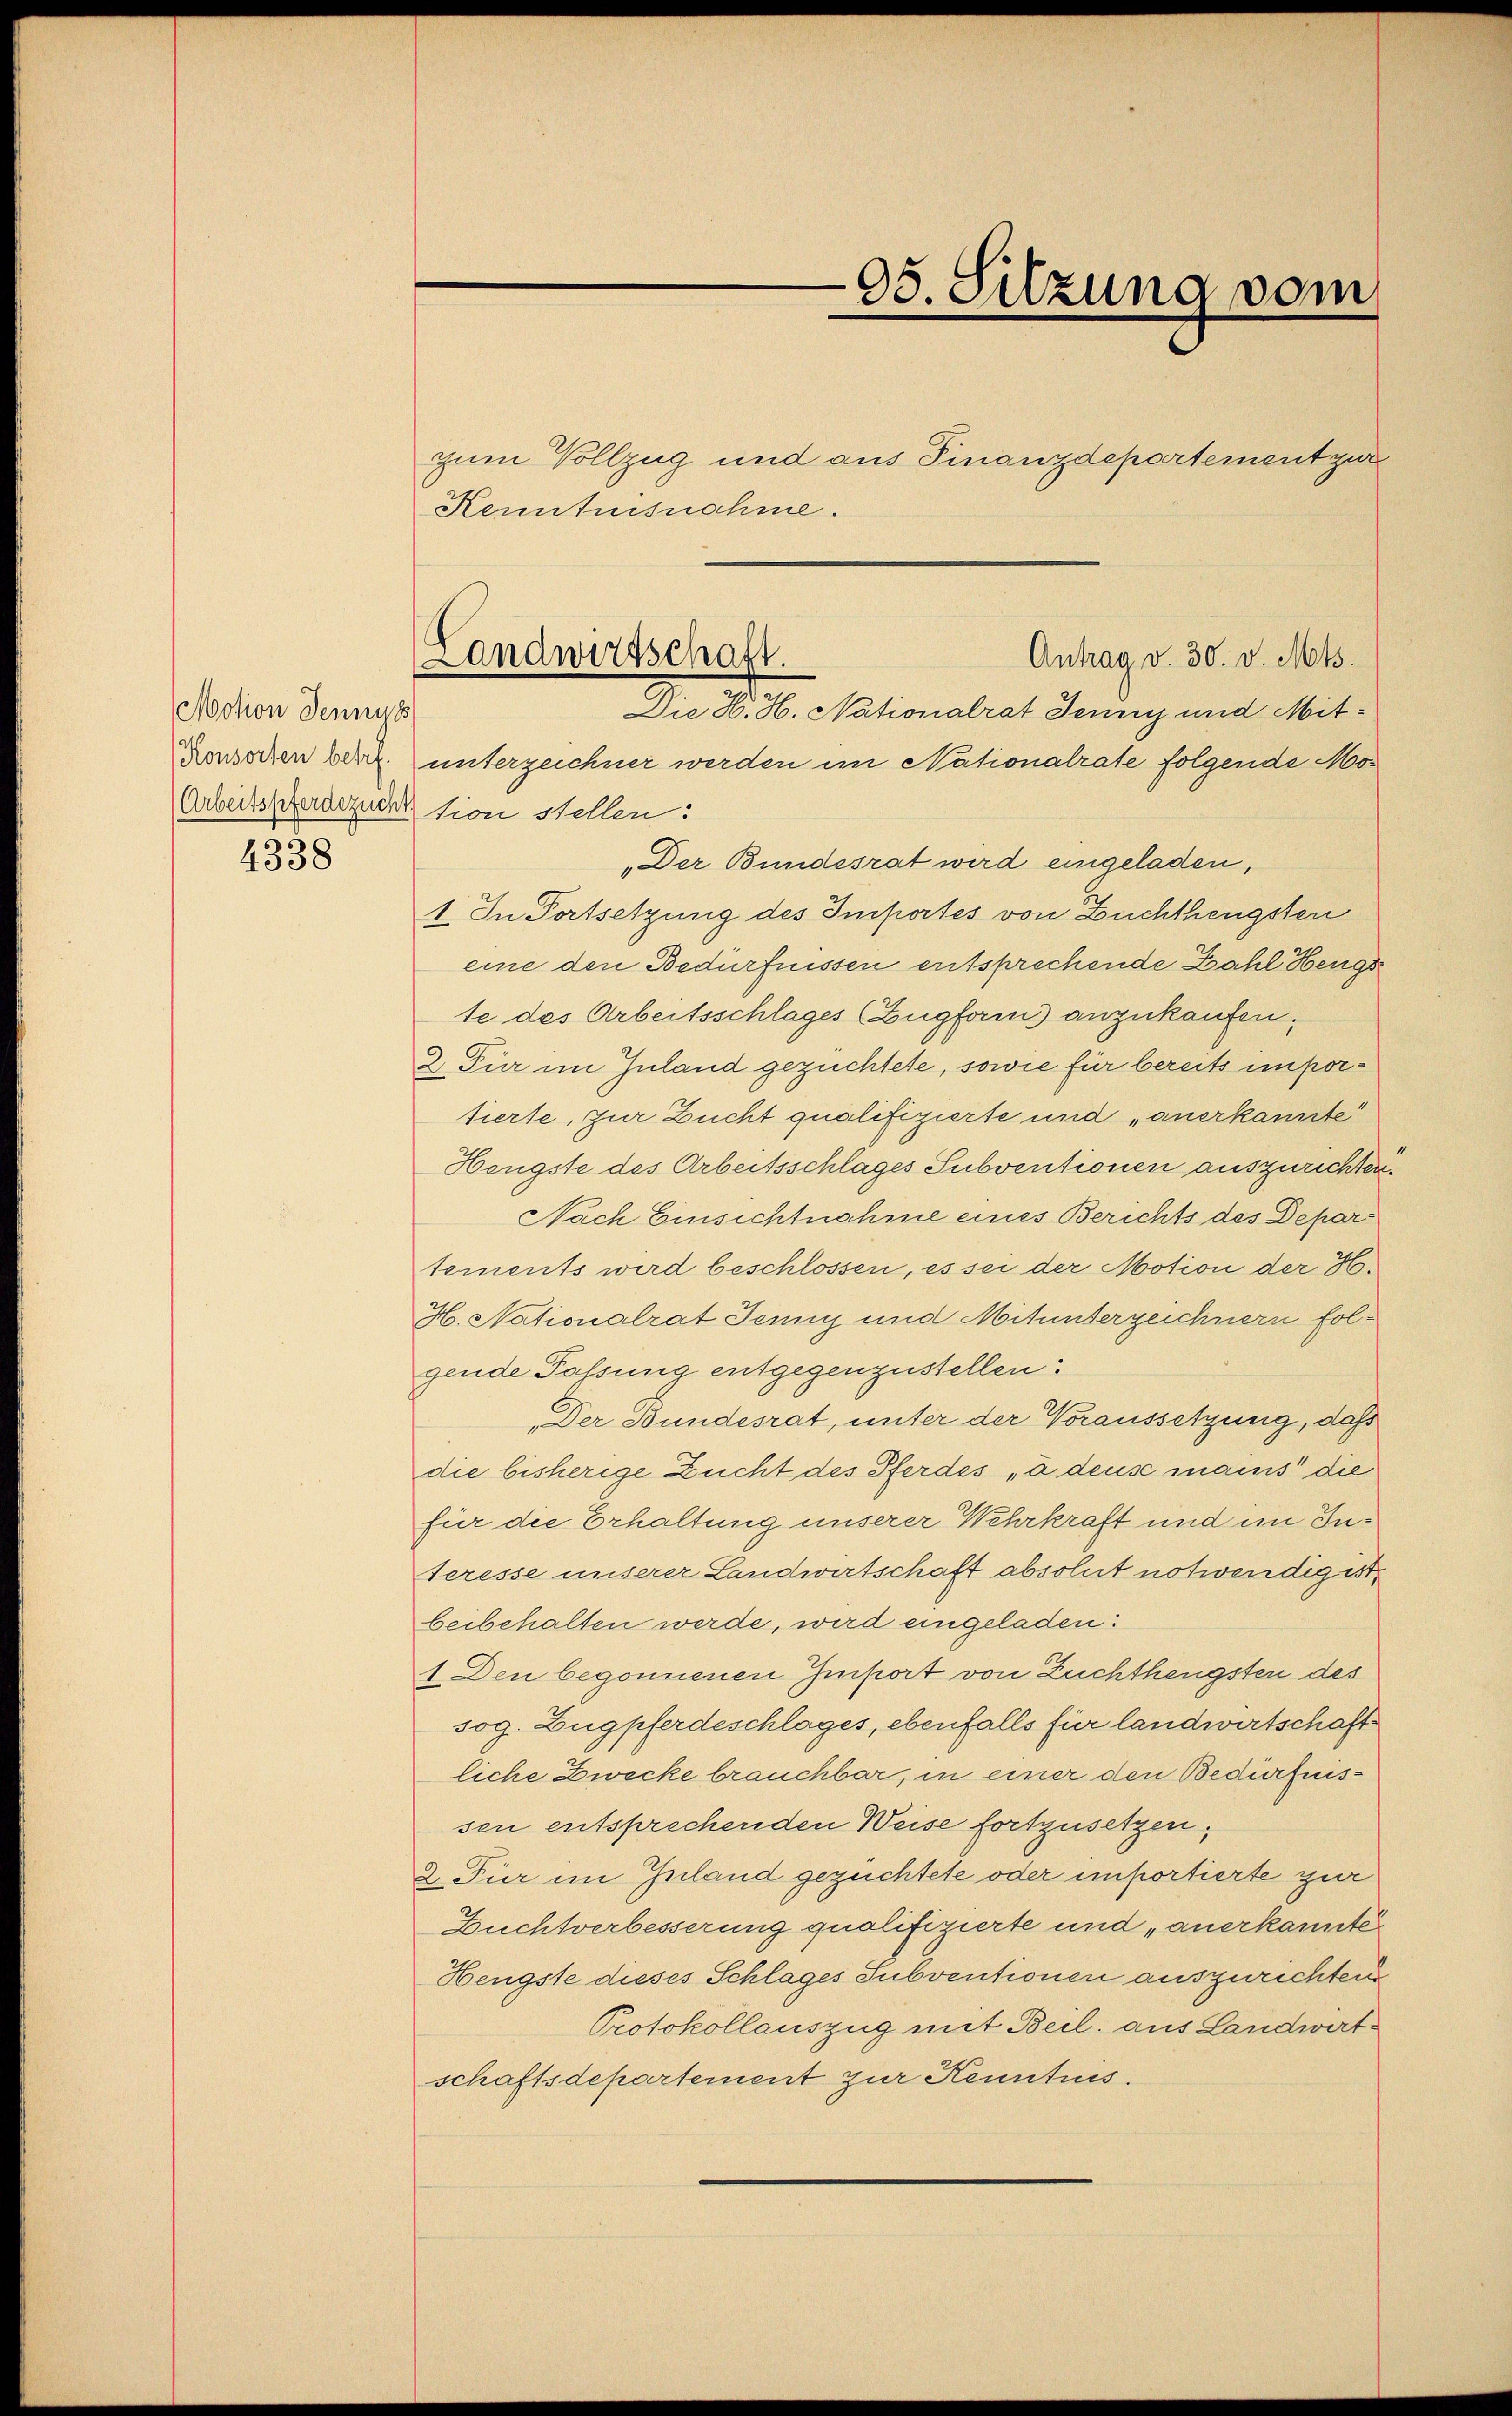
Motion Jennys
Konsorten betr.
Arbeitspferdezucht

4338

Kenntnisnahme.
unterzeichner werden im Nationalrate folgende Motion stellen:
„Der Bundesrat wird eingeladen,
1. In Fortsetzung des Importes von Zuchthengsten
eine den Bedürfnissen entsprechende Bahl Hengs
te des Arbeitsschlages (Zugform) anzukaufen.
2. Für im Inland gezüchtete, sowie für bereits importierte, zur Zucht qualifizierte und „anerkannte
Hengste des Arbeitsschlages Subventionen auszurichten.
Nach Einsichtnahme eines Berichts des Departements wird beschlossen, es sei der Motion der H.
H. Nationalrat Jenny und Mitunterzeichnern folgende Passung entgegenzustellen:
Der Bundesrat, unter der Voraussetzung, daß
die bisherige Zucht des Pferdes „& deus manis die
für die Erhaltung unserer Wehrkraft und im Interesse unserer Landwirtschaft absolut notwendig ist
beibehalten werde, wird eingeladen:
1 Den begonnenen Import von Zuchthengsten des
sog. Zugpferdeschlages, ebenfalls für landwirtschaft
liche Zwecke brauchbar, in einer den Bedürfnissen entsprechenden Weise fortzusetzen.
2. Für im Inland gezüchtete oder importierte zur
Zuchtverbesserung qualifizierte und „anerkannte
Hengste dieses Schlages Subventionen auszurichten
Protokollauszug mit Beil. aus Landwirtschaftsdepartement zur Kenntnis.

05. Sitzung vom

zum Vollzug und aus Finanzdepartement zur

Antrag v. 30. v. Mts.
Landwirtschaft.
e
Die H. H. Nationalrat Jenny und Mit¬